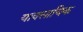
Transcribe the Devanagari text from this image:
यावसायिक